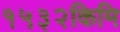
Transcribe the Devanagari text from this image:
१५३२किमि